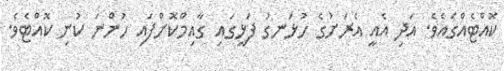
ކޮއްޓެއްގައެވެ. އަދި އެއީ އެރަށުގެ ހުޅަނގު ފަޅީގައި ގާއިމްކޮށްފައި ހުންނަ ކުނި ކޮއްޓެެވެ.